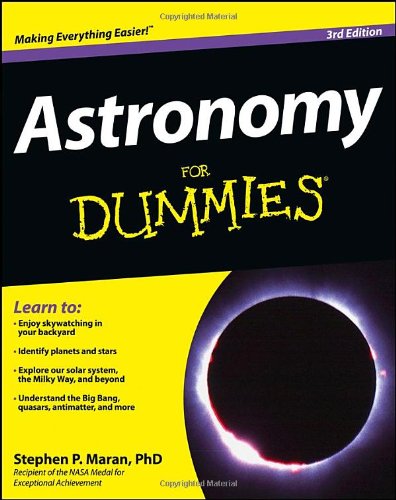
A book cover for Astronomy For Dummies; Stephen P. Maran; Science & Math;